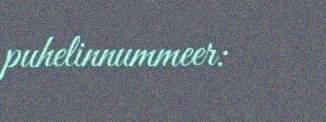
puhelinnummeer: